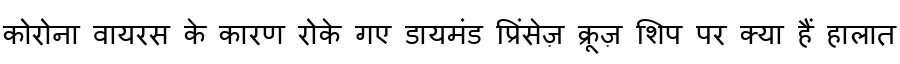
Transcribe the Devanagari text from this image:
कोरोना वायरस के कारण रोके गए डायमंड प्रिंसेज़ क्रूज़ शिप पर क्या हैं हालात